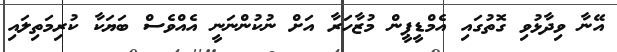
އޭނާ ވިދާޅުވި ގޮތުގައި އެމްޑީޕީން މުޒާހަރާ އަށް ނުކުންނަނީ އެއްވެސް ބަޔަކާ ކުރިމަތިލައި